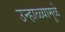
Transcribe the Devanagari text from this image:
उन्हाळ्यामुळे